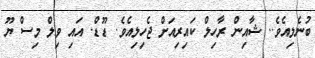
ބުނެލިއެވެ.. ޝާއިން ރާހިލް ކައިރިއަށް ޖެހިލިއެވެ. ޑޫޑް. އައި ވިލް މިސް ޔޫ